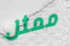
ممثل